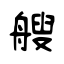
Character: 艘